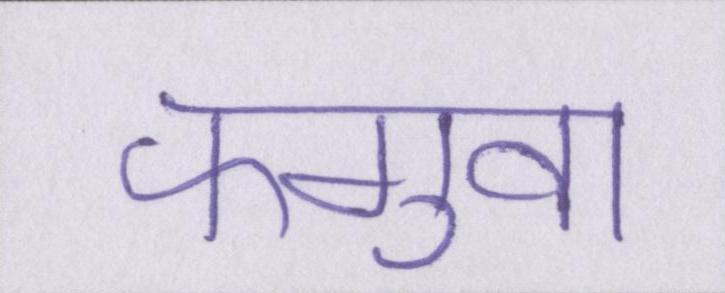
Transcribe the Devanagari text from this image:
फगुवा